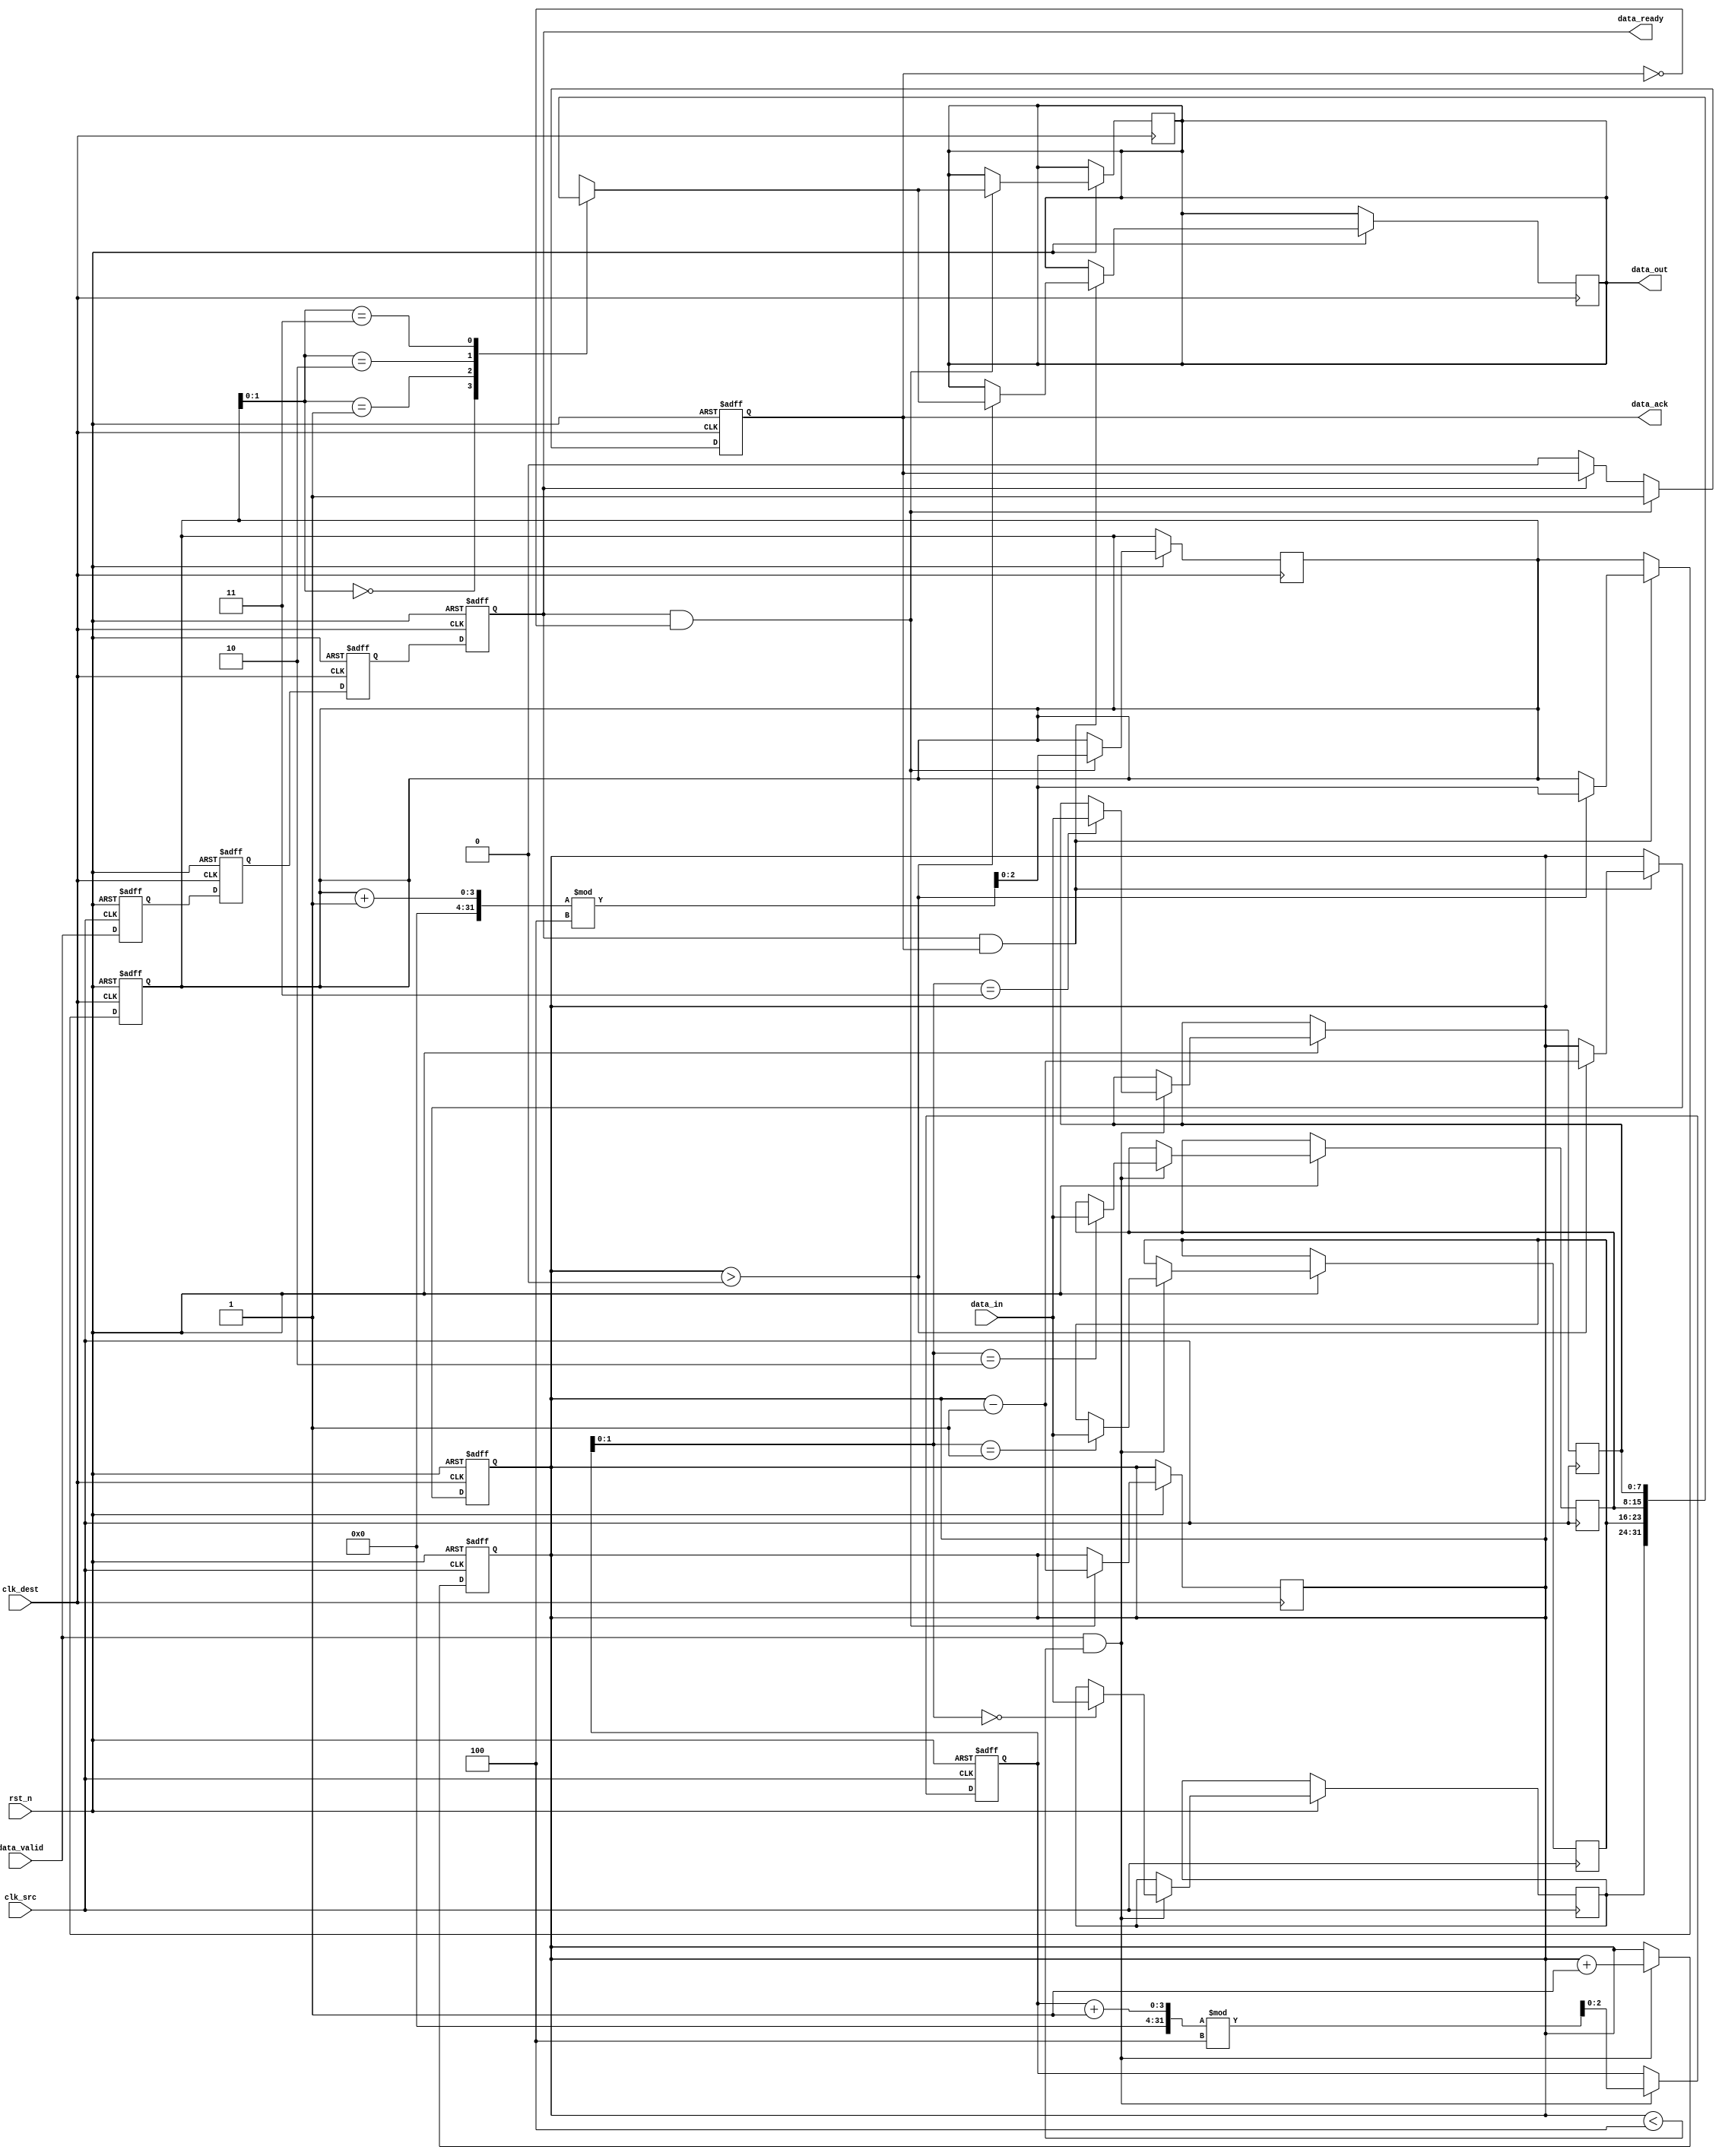
module MemoryBlocksPipelineSynchronizer #(
    parameter DATA_WIDTH = 8,       // Width of the data
    parameter FIFO_DEPTH = 4         // Depth of the FIFO buffer
)(
    input wire clk_src,              // Source clock
    input wire clk_dest,             // Destination clock
    input wire rst_n,                // Asynchronous reset (active low)
    input wire [DATA_WIDTH-1:0] data_in, // Data input from source
    input wire data_valid,           // Data valid signal from source
    output reg [DATA_WIDTH-1:0] data_out, // Data output to destination
    output reg data_ready,           // Data ready signal for destination
    output reg data_ack              // Acknowledgment signal from destination
);

    // FIFO buffer implementation
    reg [DATA_WIDTH-1:0] fifo [0:FIFO_DEPTH-1];
    reg [2:0] write_ptr, read_ptr;
    reg [3:0] fifo_count;

    // Dual flip-flop synchronization
    reg [DATA_WIDTH-1:0] sync_ff1, sync_ff2;
    
    // Handshaking signals
    reg data_valid_sync;
    
    // Asynchronous reset logic
    always @(posedge clk_src or negedge rst_n) begin
        if (!rst_n) begin
            write_ptr <= 0;
            fifo_count <= 0;
        end else if (data_valid && (fifo_count < FIFO_DEPTH)) begin
            fifo[write_ptr] <= data_in;
            write_ptr <= (write_ptr + 1) % FIFO_DEPTH;
            fifo_count <= fifo_count + 1;
        end
    end

    // Synchronization of data_valid signal
    always @(posedge clk_dest or negedge rst_n) begin
        if (!rst_n) begin
            sync_ff1 <= 0;
            sync_ff2 <= 0;
            data_ready <= 0;
            data_ack <= 0;
        end else begin
            sync_ff1 <= data_valid_sync;
            sync_ff2 <= sync_ff1;
            data_ready <= sync_ff2;
            if (data_ready && !data_ack) begin
                data_out <= fifo[read_ptr];
                read_ptr <= (read_ptr + 1) % FIFO_DEPTH;
                fifo_count <= fifo_count - 1;
                data_ack <= 1; // Acknowledge data received
            end else if (!data_ready) begin
                data_ack <= 0; // Reset acknowledgment when not ready
            end
        end
    end

    // FIFO read logic
    always @(posedge clk_dest or negedge rst_n) begin
        if (!rst_n) begin
            read_ptr <= 0;
            fifo_count <= 0;
        end else if (data_ready && data_ack) begin
            // Data is acknowledged, ready for next data
            if (fifo_count > 0) begin
                data_out <= fifo[read_ptr];
                read_ptr <= (read_ptr + 1) % FIFO_DEPTH;
                fifo_count <= fifo_count - 1;
            end
        end
    end

    // Synchronize data_valid signal from source clock domain to destination clock domain
    always @(posedge clk_src or negedge rst_n) begin
        if (!rst_n) begin
            data_valid_sync <= 0;
        end else begin
            data_valid_sync <= data_valid;
        end
    end

endmodule